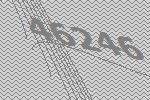
46246